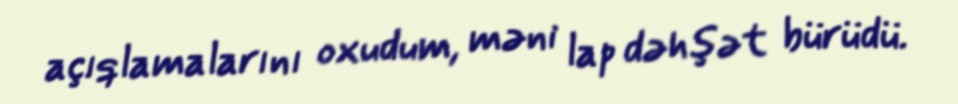
açıqlamalarını oxudum, məni lap dəhşət bürüdü.